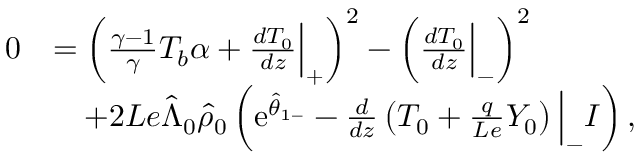
\begin{array} { r l } { 0 } & { = \left( \frac { \gamma - 1 } { \gamma } T _ { b } \alpha + \frac { d { T } _ { 0 } } { d z } \Big | _ { + } \right) ^ { 2 } - \left( \frac { d { T } _ { 0 } } { d z } \Big | _ { - } \right) ^ { 2 } } \\ & { \quad + 2 L e \hat { \Lambda } _ { 0 } \hat { \rho } _ { 0 } \left( \mathrm { e } ^ { \hat { \theta } _ { 1 - } } - \frac { d } { d z } \left( { T } _ { 0 } + \frac { q } { L e } { Y } _ { 0 } \right) \Big | _ { - } I \right) , } \end{array}